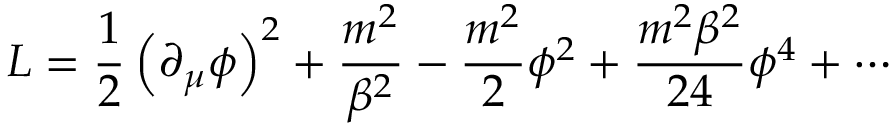
{ \cal L } = { \frac { 1 } { 2 } } \left( \partial _ { \mu } \phi \right) ^ { 2 } + { \frac { m ^ { 2 } } { \beta ^ { 2 } } } - { \frac { m ^ { 2 } } { 2 } } \phi ^ { 2 } + { \frac { m ^ { 2 } \beta ^ { 2 } } { 2 4 } } \phi ^ { 4 } + \cdots